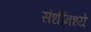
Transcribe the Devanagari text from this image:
संधींमध्ये